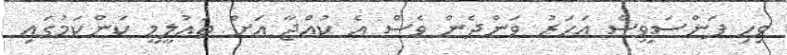
ވިހި ފަންސަވީސް އަހަރު ވަންދެން ވެސް އެ ކުއްޖާ އަށް ތައުލީމީ ކަންކަމުގައި